Civil Veterinary Department. Madras. Admin. report 1926-33 - 1926-1933
Year: 1926
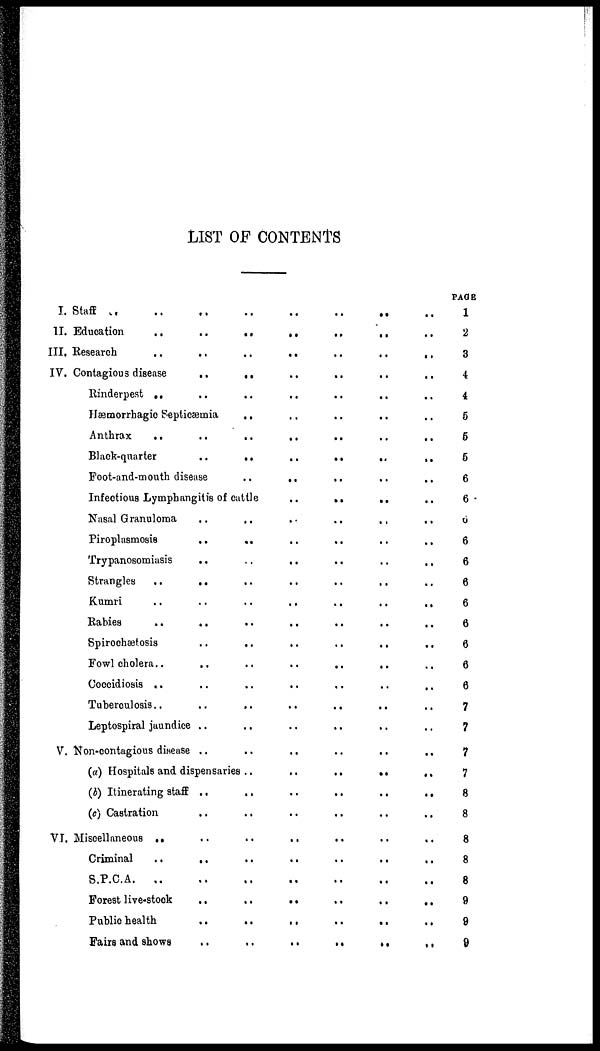
LIST OF CONTENTS
I. Staff .. .. ..
II. Education
..
..
III. Research .. ..
IV. Contagious disease
..
Rinderpest .. ..
Hemorrhagic Septicæmia
Anthrax
..
..
Black-quarter ..
Foot-and-mouth disease
Infectious Lymphangitis of
Nasal Granuloma ..
Piroplasmosis
..
Trypanosomiasis ..
Strangles ..
..
Kumri .. ..
Rabies
..
..
Spirochætosis ..
Fowl cholera..
..
Coccidiosis .. ..
Tuberculosis.. ..
Leptospiral jaundice ..
V. Kon-contagious disease ..
..
..
..
..
..
..
..
..
..
cattle
..
..
..
..
..
..
..
..
..
..
..
..
(a) Hospitals and dispensaries ..
(b) Itinerating staff ..
(c) Castration ..
VI. Miscellaneous ..
Criminal
..
..
S.P.C.A.
..
..
Forest live-stock ..
Public health ..
Fairs and shows ..
..
..
..
..
..
..
..
..
..
..
..
..
..
..
..
..
..
..
..
..
..
..
..
..
..
..
..
..
..
..
..
..
..
..
..
..
..
..
..
..
..
..
..
..
..
..
..
..
..
..
..
..
..
..
..
..
..
..
..
..
..
..
..
..
..
..
..
..
..
..
..
..
..
..
..
..
..
..
..
..
..
..
..
..
..
..
..
..
..
..
..
..
..
..
..
..
..
..
..
..
..
..
..
..
..
..
..
..
..
..
..
..
..
..
..
..
..
..
..
..
..
..
..
..
..
..
..
..
..
..
..
..
PAGE
1
2
3
4
4
5
6
5
6
6
6
6
6
6
6
6
6
6
6
7
7
7
7
8
8
8
8
8
9
9
9